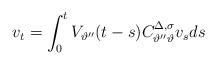
LaTeX: \begin{align*} v_t = \int_0^t V_{\vartheta''} (t - s) C^{\Delta, \sigma}_{\vartheta'' \vartheta} v _s d s\end{align*}